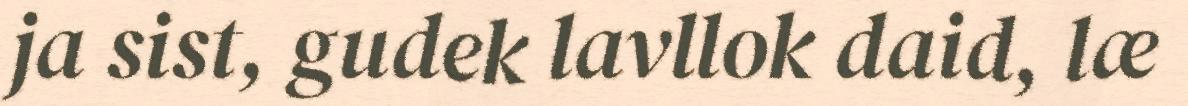
ja sist, gudek lavllok daid, læ